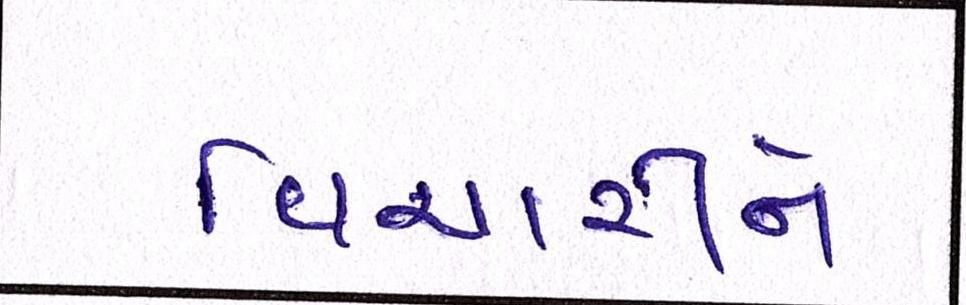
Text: વિચારીને